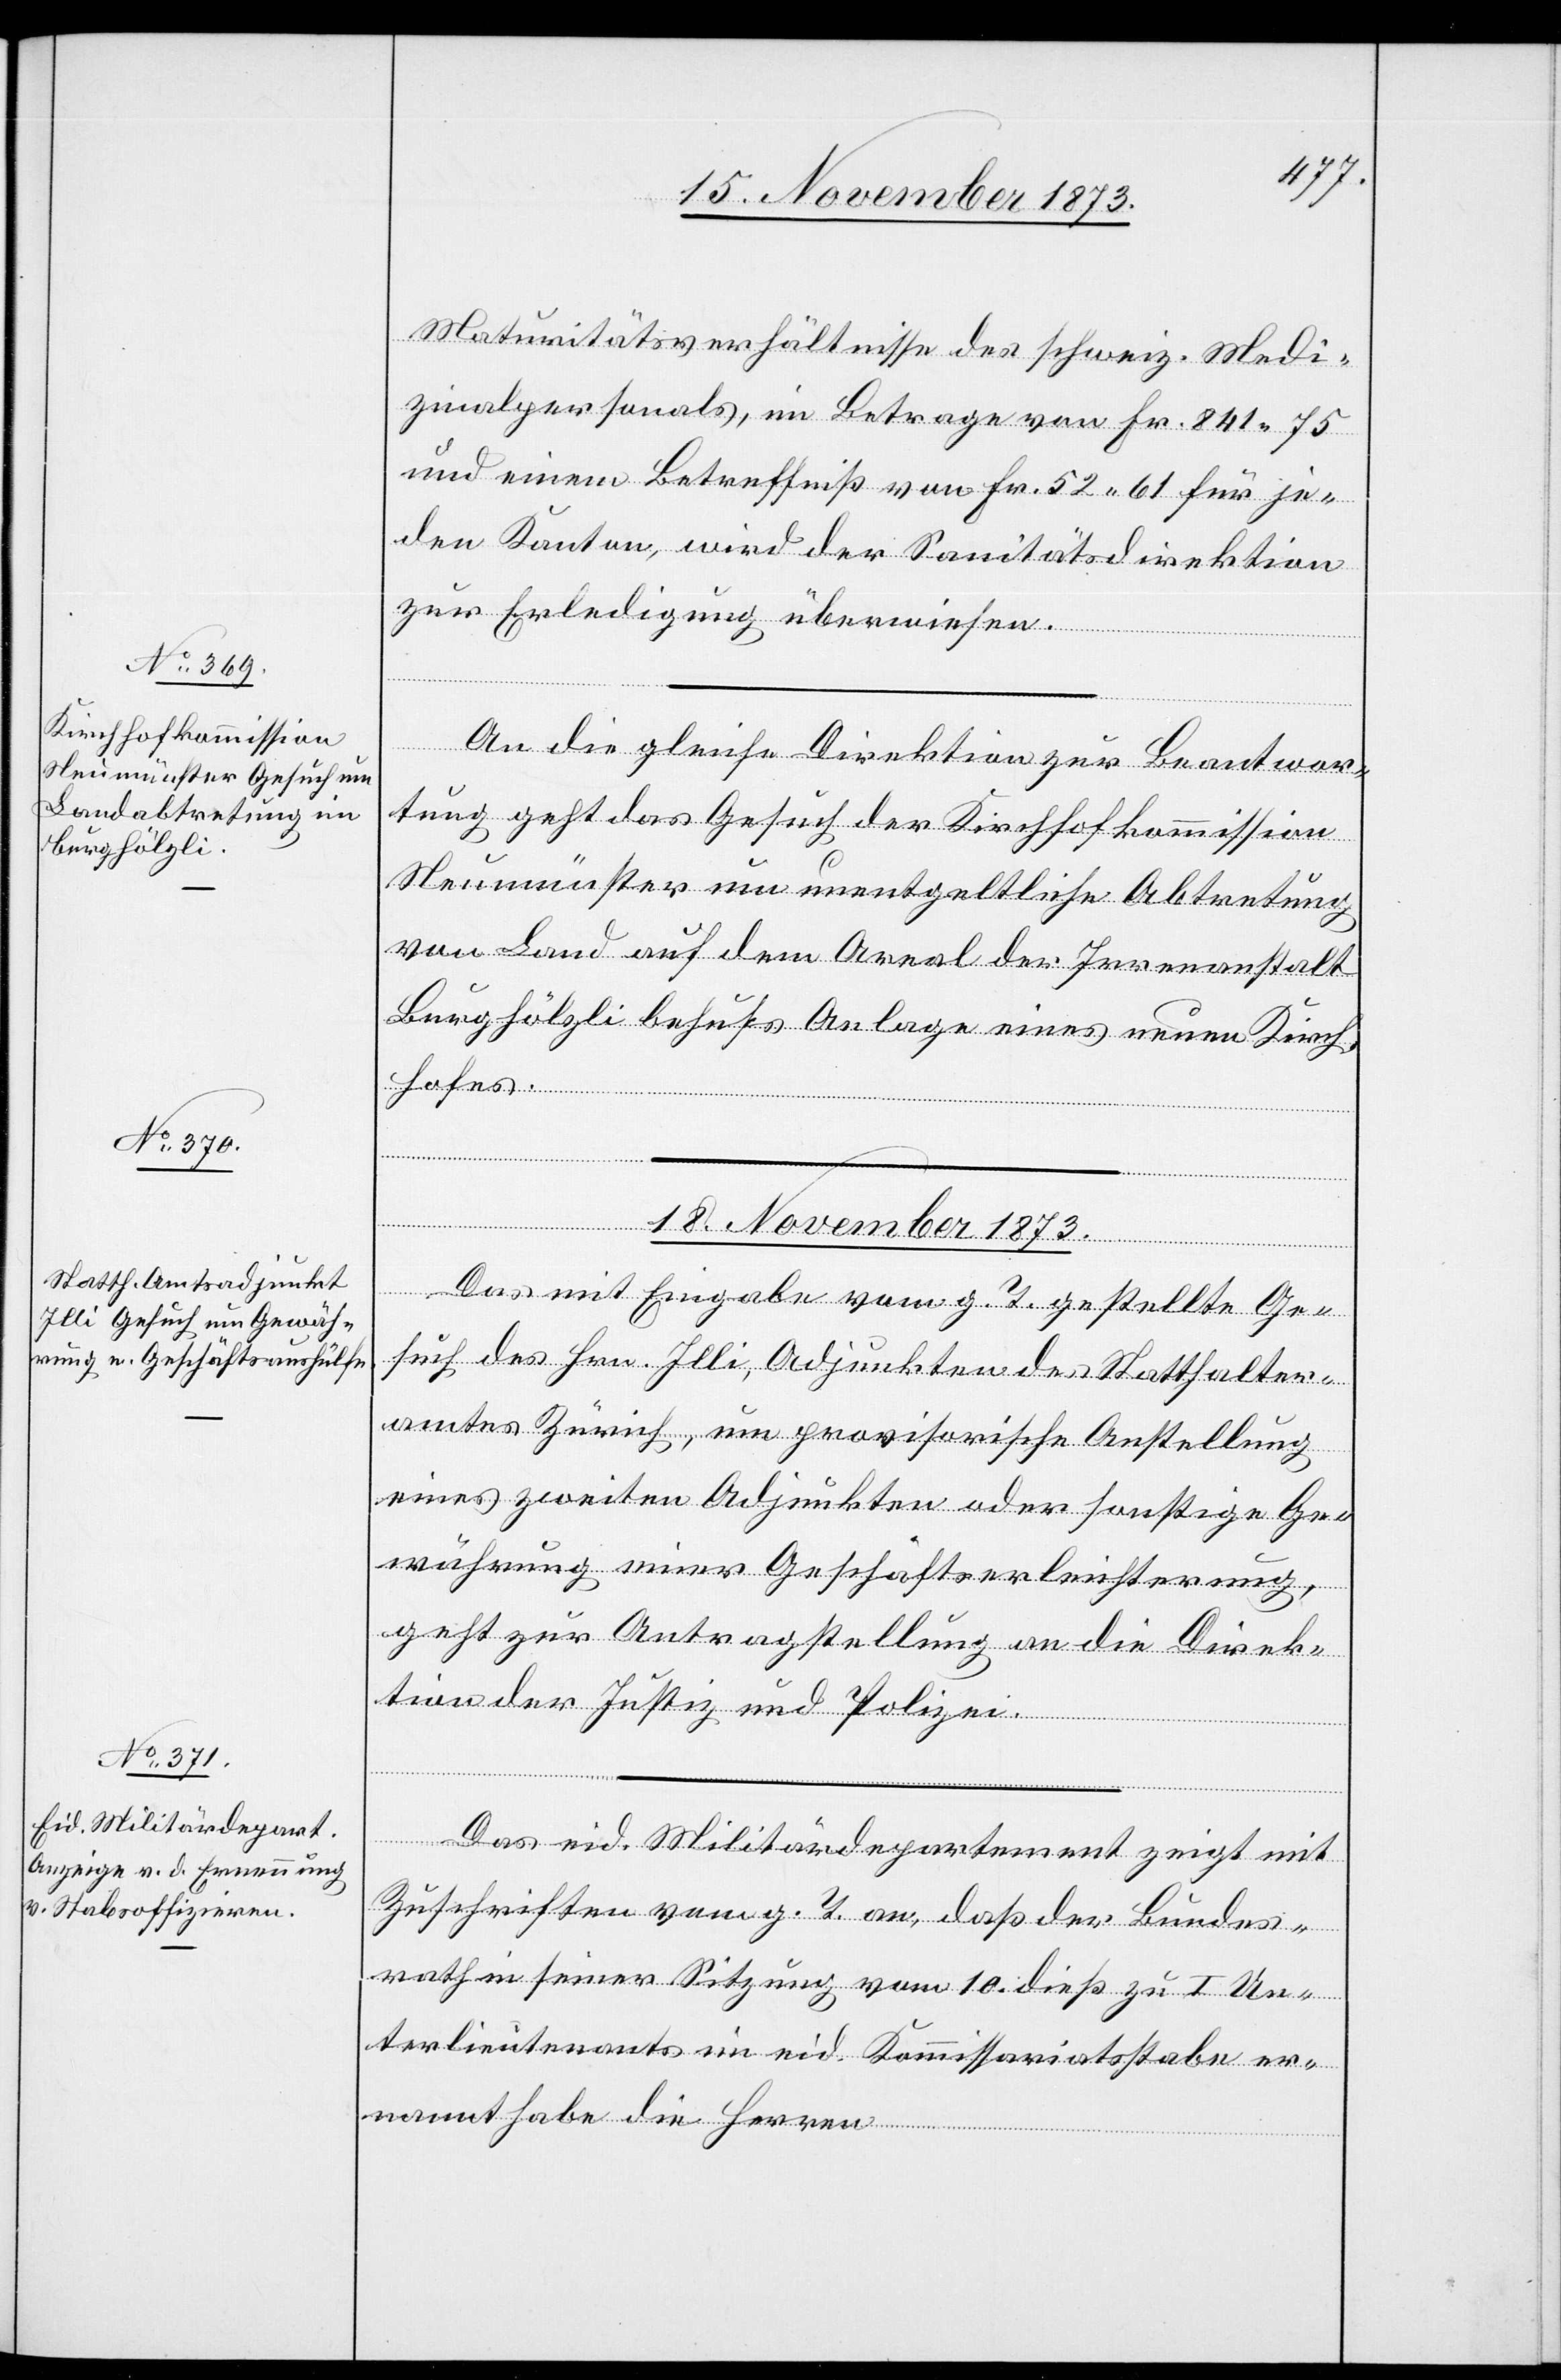
Maturitätsverhältnisse des schweiz. Medi¬
zinalpersonals, im Betrage von Fr. 841 75
und einem Betreffniß von Fr. 52 61 für je¬
den Kanton, wird der Sanitätsdirektion
zur Erledigung überwiesen.
An die gleiche Direktion zur Beantwor¬
tung geht das Gesuch der Kirchhofkommission
Neumünster um unentgeltliche Abtretung
von Land auf dem Areal der Irrenanstalt
Burghölzli behufs Anlage eines neuen Kirch¬
18. November 1873.]
hofes.
Das mit Eingabe vom g. T. gestellte Ge¬
such des Hrn. Illi, Adjunkten des Statthalter¬
amtes Zürich, um provisorische Anstellung
eines zweiten Adjunkten oder sonstige Ge¬
währung einer Geschäftserleichterung,
geht zur Antragstellung an die Direk¬
tion der Justiz und Polizei.
Das eid. Militärdepartement zeigt mit
Zuschriften vom g. T. an, daß der Bundes¬
rath in seiner Sitzung vom 10. dieß zu I Un¬
terlieutenants im eid. Kommissariatsstabe er¬
nannt habe die Herren